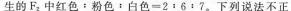
生的F_{2}中红色﹔粉色﹔白色$$=2﹔6：7$$。下列说法不正